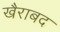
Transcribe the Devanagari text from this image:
खैराबद